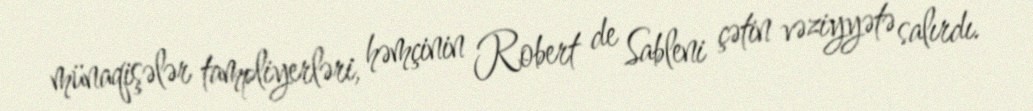
münaqişələr tampliyerləri, həmçinin Robert de Sableni çətin vəziyyətə salırdı.